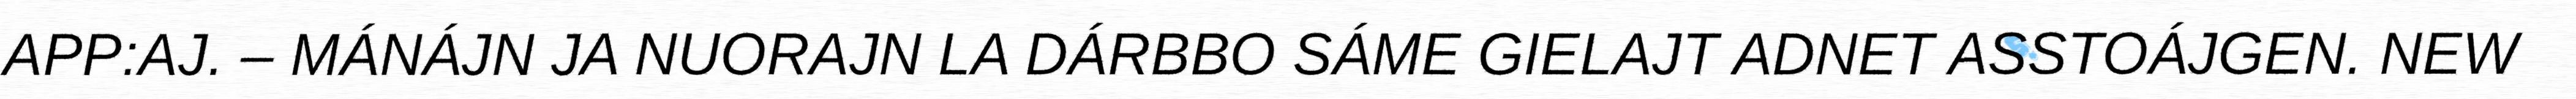
APP:AJ. – MÁNÁJN JA NUORAJN LA DÁRBBO SÁME GIELAJT ADNET ASSTOÁJGEN. NEW